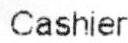
CASHIER